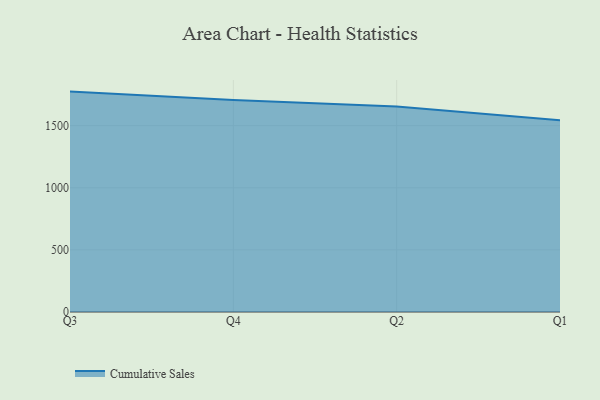
{"axis": {"x": "Quarter", "y": "Budget (USD K)"}, "legend": ["Cumulative Sales"], "data": [{"x": "Q3", "y": 1774.1, "type": "Cumulative Sales"}, {"x": "Q4", "y": 1706.3, "type": "Cumulative Sales"}, {"x": "Q2", "y": 1655.1, "type": "Cumulative Sales"}, {"x": "Q1", "y": 1542.7, "type": "Cumulative Sales"}]}